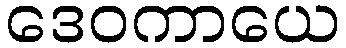
ဒေဝကာယေ